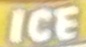
ICE